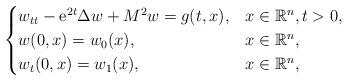
LaTeX: \begin{align*}\begin{cases}w_{tt}-\mathrm{e}^{2t}\Delta w + M^2 w= g(t,x), & x\in \mathbb{R}^n, t>0, \\w(0,x)= w_0(x), & x\in \mathbb{R}^n, \\w_t(0,x)= w_1(x), & x\in \mathbb{R}^n, \end{cases}\end{align*}